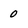
Character: 0